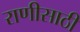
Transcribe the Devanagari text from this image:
राणीसाठी